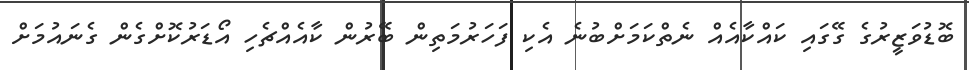
ބޮޑުވަޒީރުގެ ގޭގައި ކައްކާއެއް ނެތްކަމަށްބުނެ އެކި ފަހަރުމަތިން ބޭރުން ކާއެއްޗެހި އޯޑަރުކޮށްގެން ގެނައުމަށް